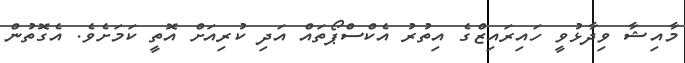
މާއިޝާ ވިދާޅުވީ ހައިރައިޒްގެ އިތުރު އެކްސްޕޯތައް އަދި ކުރިއަށް އޮތީ ކަމަށެވެ. އެގޮތުން